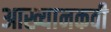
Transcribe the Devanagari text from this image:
आख्यानकवी